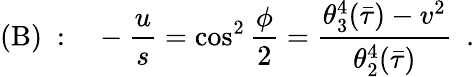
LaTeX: (\mathrm{B})~:\ \ \ -{\frac{u}{s}}=\cos^{2}{\frac{\phi}{2}}={\frac{\theta_{3}^{4}(\bar{\tau})-v^{2}}{\theta_{2}^{4}(\bar{\tau})}}\ \ .